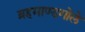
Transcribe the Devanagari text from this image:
ब्रहमाण्डगोले